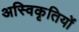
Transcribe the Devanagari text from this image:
अस्विकृतियों